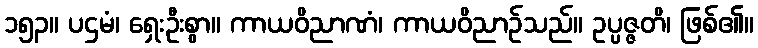
၁၅၃။ ပဌမံ၊ ရှေးဦးစွာ။ ကာယဝိညာဏံ၊ ကာယဝိညာဉ်သည်။ ဥပ္ပဇ္ဇတိ၊ ဖြစ်၏။